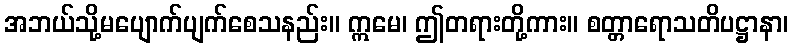
အဘယ်သို့မပျောက်ပျက်စေသနည်း။ ဣမေ၊ ဤတရားတို့ကား။ စတ္တာရောသတိပဋ္ဌာနာ၊